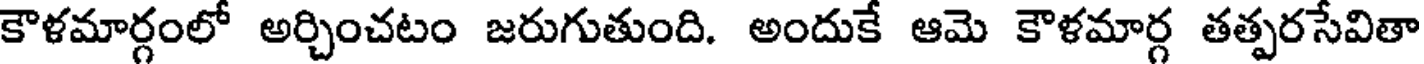
కౌళమార్గంలో అర్చించటం జరుగుతుంది. అందుకే ఆమె కౌళమార్గ తత్పరసేవితా